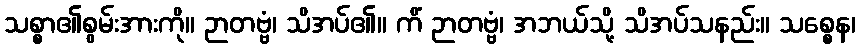
သစ္စာ၏စွမ်းအားကို။ ဉာတဗ္ဗံ၊ သိအပ်၏။ ကိံ ဉာတဗ္ဗံ၊ အဘယ်သို့ သိအပ်သနည်း။ သစ္စေန၊